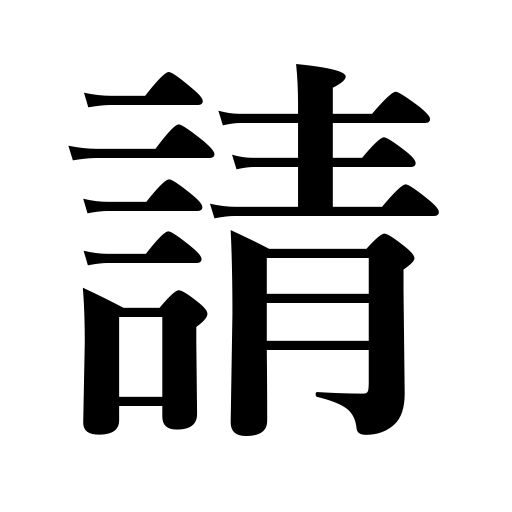
Meanings: get,take,face,requesting,catch the public's fancy,pray for,front of,inviting,beg,inherit,receive,accept,request,solicit,ask,obtain,invite